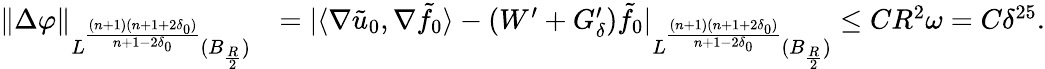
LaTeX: \begin{array}{rl}{\| \Delta\varphi\| _{L^{\frac{(n+1)(n+1+2\delta_{0})}{n+1-2\delta_{0}}}(B_{\frac{R}{2}})}}&{=|\langle\nabla\tilde{u}_{0},\nabla\tilde{f}_{0}\rangle-(W^{\prime}+G_{\delta}^{\prime})\tilde{f}_{0}|_{L^{\frac{(n+1)(n+1+2\delta_{0})}{n+1-2\delta_{0}}}(B_{\frac{R}{2}})}\leq CR^{2}\omega=C\delta^{25}.}\end{array}